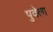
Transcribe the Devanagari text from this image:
पुवेला